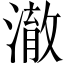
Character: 澈